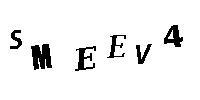
SMEEV4